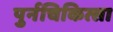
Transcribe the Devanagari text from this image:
पुर्नचिकित्सा